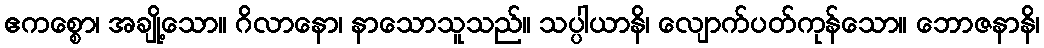
ဧကစ္စော၊ အချို့သော။ ဂိလာနော၊ နာသောသူသည်။ သပ္ပါယာနိ၊ လျောက်ပတ်ကုန်သော။ ဘောဇနာနိ၊